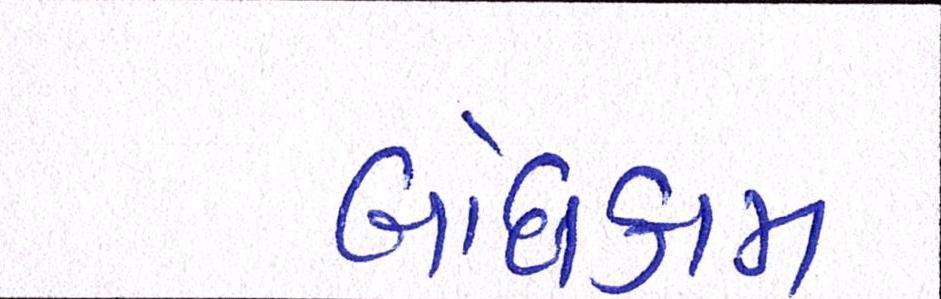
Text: બાંધકામ